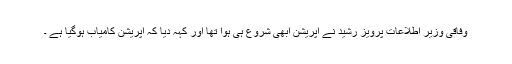
وفاقی وزیر اطلاعات پرویز رشید نے آپریشن ابھی شروع ہی ہوا تھا اور کہہ دیا کہ آپریشن کامیاب ہوگیا ہے ۔